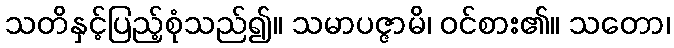
သတိနှင့်ပြည့်စုံသည်၍။ သမာပဇ္ဇာမိ၊ ဝင်စား၏။ သတော၊